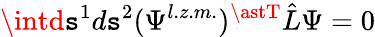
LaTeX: \intd\mathtt{s}^{1}d\mathtt{s}^{2}(\Psi^{l.z.m.})^{\astT}\hat{{L}}\Psi=0